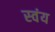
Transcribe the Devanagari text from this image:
स्‍वंय